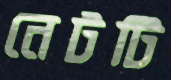
নেটটি